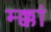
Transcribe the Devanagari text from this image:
म्क्कां